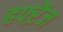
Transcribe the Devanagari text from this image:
हफ्ऱेंज